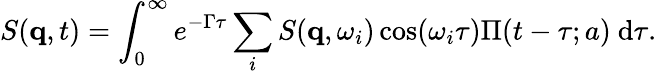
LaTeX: S(\mathbf{q},t)=\int_{0}^{\infty}e^{-\Gamma\tau}\sum_{i}S(\mathbf{q},\omega_{i})\cos(\omega_{i}\tau)\Pi(t-\tau;a)\ \mathrm{d}\tau.